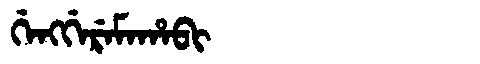
Manchu: ᡤᡝᠩᡤᡝᡵᡝᠮᠠᡥᠠᠪᡳ
Romanization: GENGGEREMAHABI